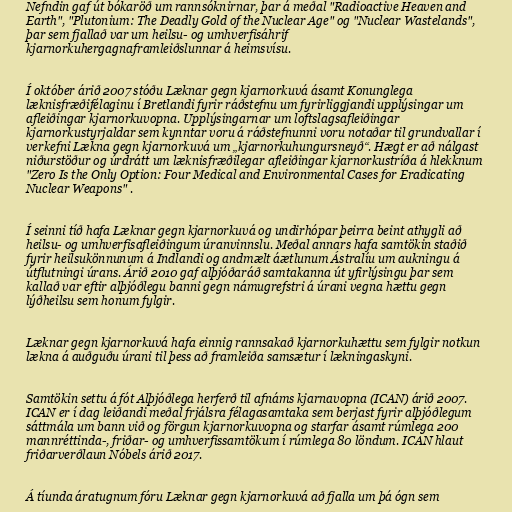
Nefndin gaf út bókaröð um rannsóknirnar, þar á meðal "Radioactive Heaven and
Earth", "Plutonium: The Deadly Gold of the Nuclear Age" og "Nuclear Wastelands",
þar sem fjallað var um heilsu- og umhverfisáhrif
kjarnorkuhergagnaframleiðslunnar á heimsvísu.

Í október árið 2007 stóðu Læknar gegn kjarnorkuvá ásamt Konunglega
læknisfræðifélaginu í Bretlandi fyrir ráðstefnu um fyrirliggjandi upplýsingar um
afleiðingar kjarnorkuvopna. Upplýsingarnar um loftslagsafleiðingar
kjarnorkustyrjaldar sem kynntar voru á ráðstefnunni voru notaðar til grundvallar í
verkefni Lækna gegn kjarnorkuvá um „kjarnorkuhungursneyð“. Hægt er að nálgast
niðurstöður og úrdrátt um læknisfræðilegar afleiðingar kjarnorkustríða á hlekknum
"Zero Is the Only Option: Four Medical and Environmental Cases for Eradicating
Nuclear Weapons" .

Í seinni tíð hafa Læknar gegn kjarnorkuvá og undirhópar þeirra beint athygli að
heilsu- og umhverfisafleiðingum úranvinnslu. Meðal annars hafa samtökin staðið
fyrir heilsukönnunum á Indlandi og andmælt áætlunum Ástralíu um aukningu á
útflutningi úrans. Árið 2010 gaf alþjóðaráð samtakanna út yfirlýsingu þar sem
kallað var eftir alþjóðlegu banni gegn námugrefstri á úrani vegna hættu gegn
lýðheilsu sem honum fylgir.

Læknar gegn kjarnorkuvá hafa einnig rannsakað kjarnorkuhættu sem fylgir notkun
lækna á auðguðu úrani til þess að framleiða samsætur í lækningaskyni.

Samtökin settu á fót Alþjóðlega her­ferð til af­náms kjarna­vopna (ICAN) árið 2007.
ICAN er í dag leiðandi meðal frjálsra félagasamtaka sem berjast fyrir alþjóðlegum
sáttmála um bann við og förgun kjarnorkuvopna og starfar ásamt rúmlega 200
mannréttinda-, friðar- og umhverfissamtökum í rúmlega 80 löndum. ICAN hlaut
friðarverðlaun Nóbels árið 2017.

Á tíunda áratugnum fóru Læknar gegn kjarnorkuvá að fjalla um þá ógn sem